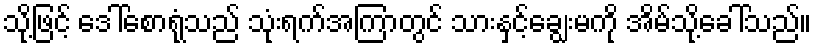
သို့ဖြင့် ဒေါ်စောရုံသည် သုံးရက်အကြာတွင် သားနှင့်ချွေးမကို အိမ်သို့ခေါ်သည်။